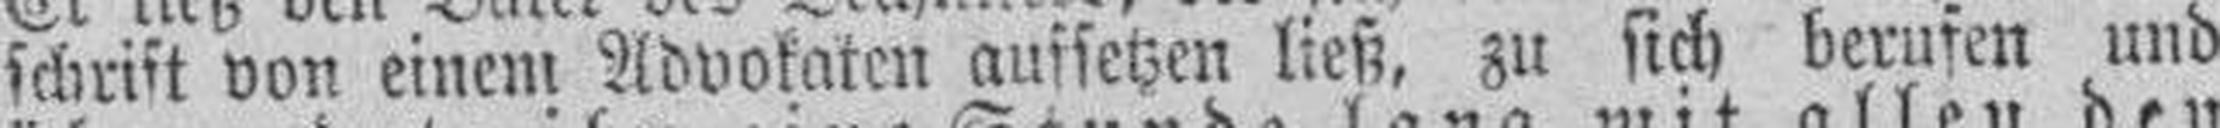
schrift von einen Advokaten aufsetzen ließ, zu sich berufen und